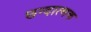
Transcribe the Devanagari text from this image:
छन्दात्मक